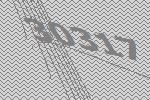
30317